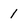
Character: 1